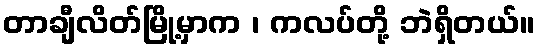
တာချီလိတ်မြို့မှာက ၊ ကလပ်တို့ ဘဲရှိတယ်။